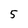
Character: 5